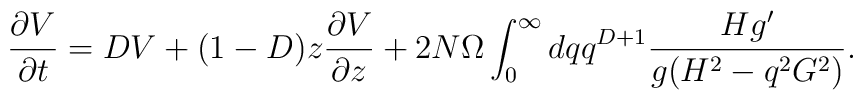
\frac{\partial V}{\partial t} = DV+(1-D)z\frac{\partial V}{\partial z} +2N\Omega\int_{0}^{\infty}dq q^{D+1}\frac{Hg'}{g(H^{2}-q^{2}G^{2})}.